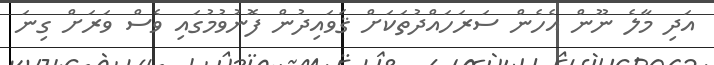
އަދި މާލެ ނޫން އެހެން ސަރަހައްދުތަކަށް ޤަވައިދުން ފޮނުވުމުގައި ވެސް ވަރަށް ގިނަ